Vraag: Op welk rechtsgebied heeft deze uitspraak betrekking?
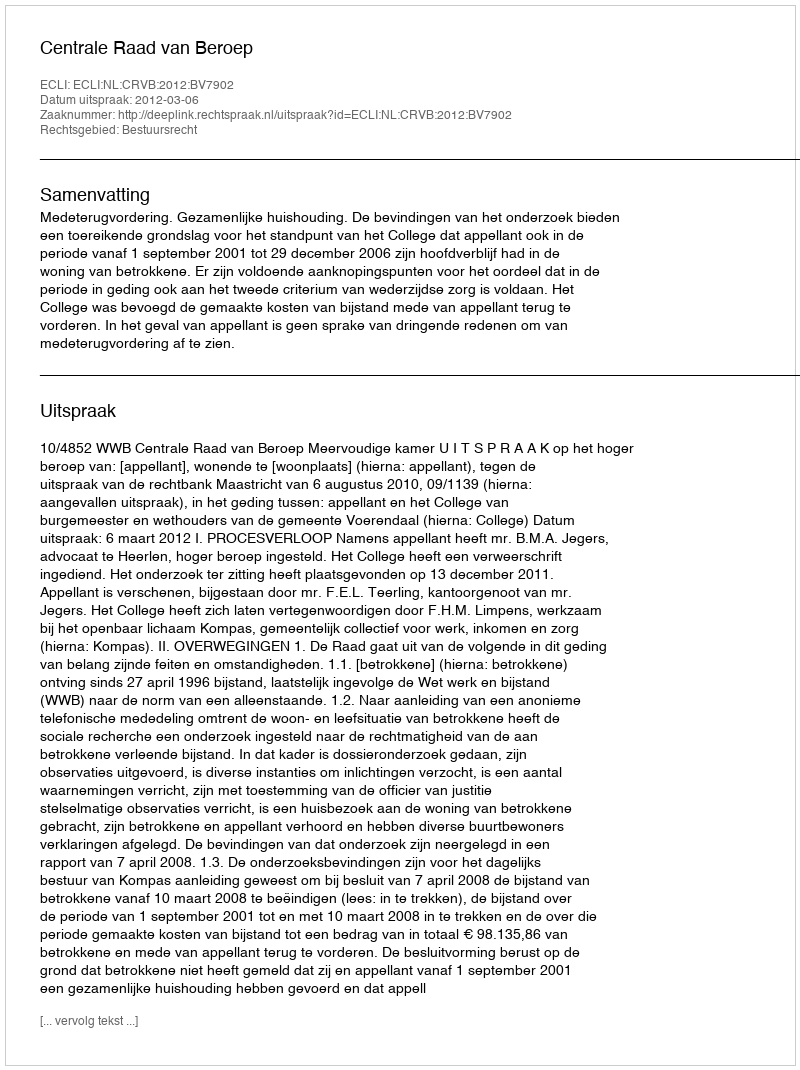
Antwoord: Bestuursrecht